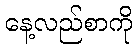
နေ့လည်စာကို